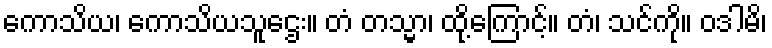
ကောသိယ၊ ကောသိယသူဌေး။ တံ တသ္မာ၊ ထို့ကြောင့်။ တံ၊ သင်ကို။ ဝဒါမိ၊